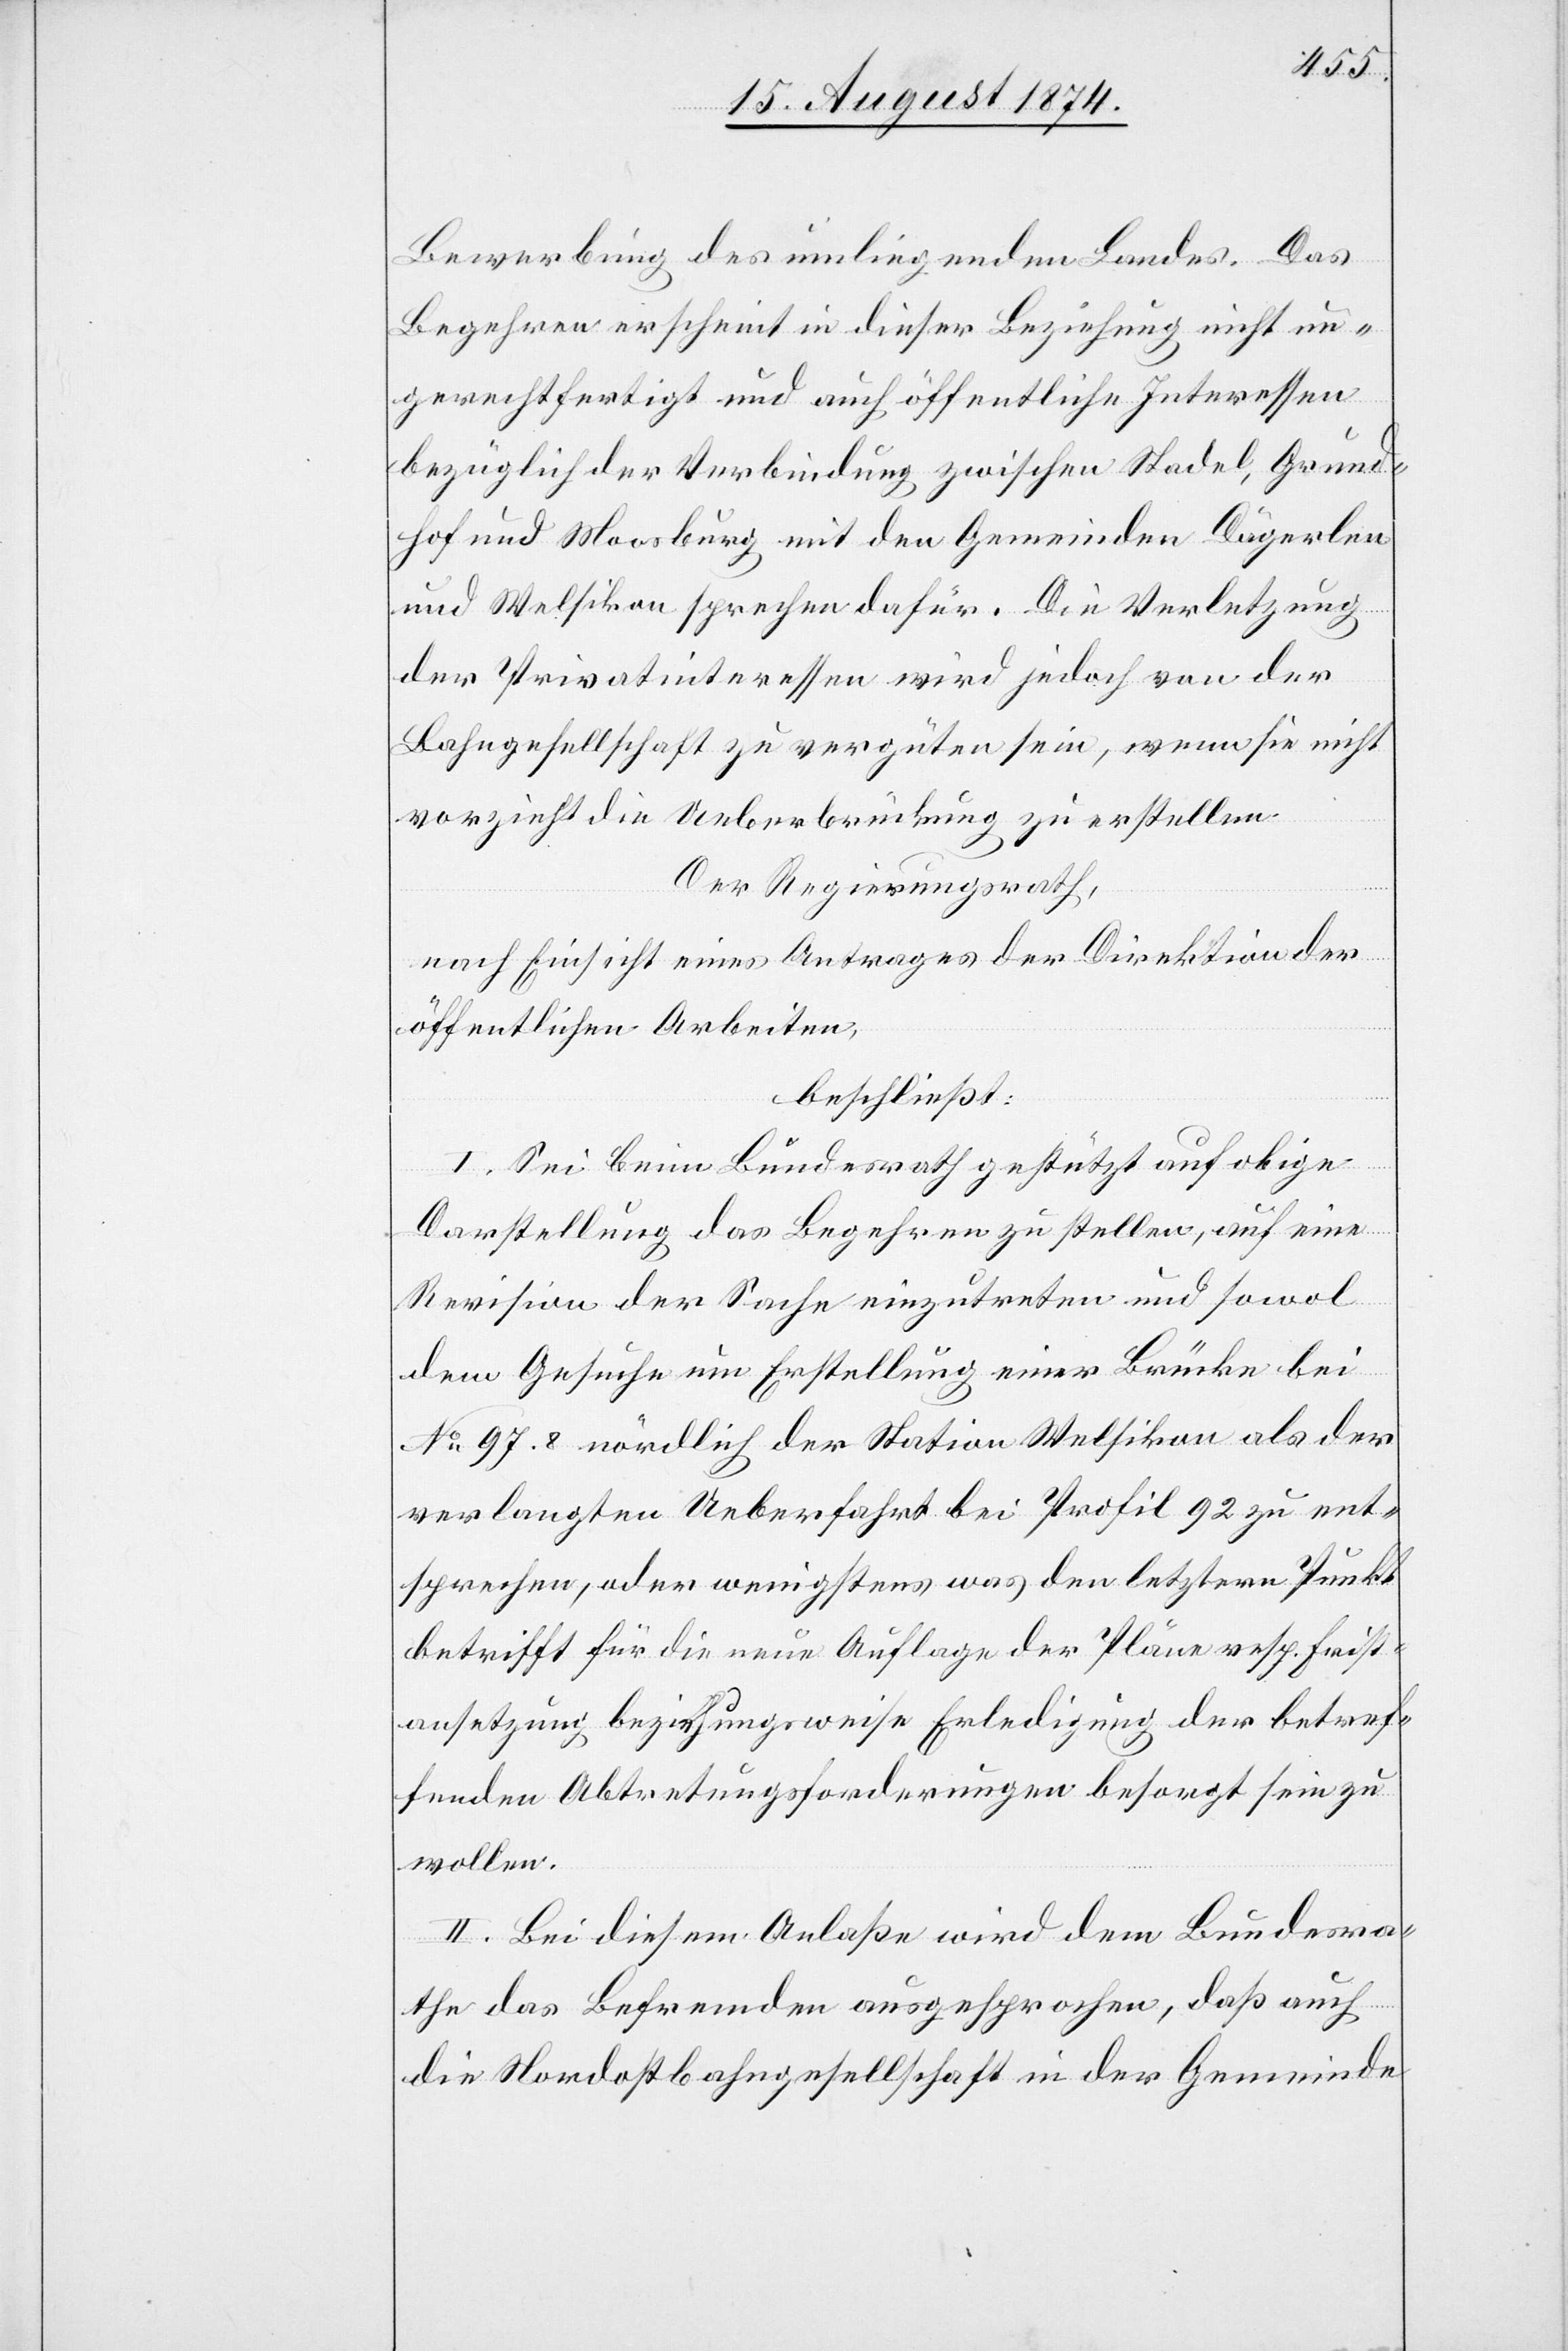
Bewerbung des umliegenden Landes. Das
Begehren erscheint in dieser Beziehung nicht un¬
gerechtfertigt und auch öffentliche Interessen
bezüglich der Verbindung zwischen Stadel, Grund¬
hof und Moosburg mit den Gemeinden Dägerlen
und Welsikon sprechen dafür. Die Verletzung
der Privatinteressen wird jedoch von der
Bahngesellschaft zu vergüten sein, wenn sie nicht
vorzieht die Ueberbrückung zu erstellen.
Der Regierungsrath,
nach Einsicht eines Antrages der Direktion der
öffentlichen Arbeiten,
beschließt:
I. Sei beim Bundesrath gestützt auf obige
Darstellung das Begehren zu stellen, auf eine
Revision der Sache einzutreten und sowol
dem Gesuche um Erstellung einer Brücke bei
No 97.9 nördlich der Station Welsikon als der
verlangten Ueberfahrt bei Profil 92 zu ent¬
sprechen, oder wenigstens was den letztern Punkt
betrifft für die neue Auflage der Pläne resp. Frist¬
ansetzung beziehungsweise Erledigung der betref¬
fenden Abtretungsforderungen besorgt sein zu
wollen.
II. Bei diesem Anlaße wird dem Bundesra¬
the das Befremden ausgesprochen, daß auch
die Nordostbahngesellschaft in der Gemeinde